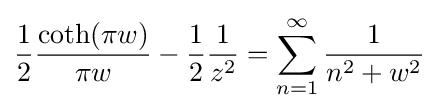
{\frac {1}{2}}{\frac {\coth(\pi w)}{\pi w}}-{\frac {1}{2}}{\frac {1}{z^{2}}}=\sum _{n=1}^{\infty }{\frac {1}{n^{2}+w^{2}}}